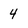
Character: 4